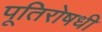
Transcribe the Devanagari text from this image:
पूतिरोषधी